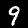
Digit: 9